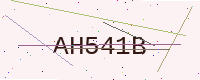
Text: AH541B